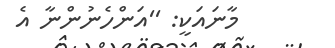
މާނައަކީ: ''އަންހެނުންނާ އެ